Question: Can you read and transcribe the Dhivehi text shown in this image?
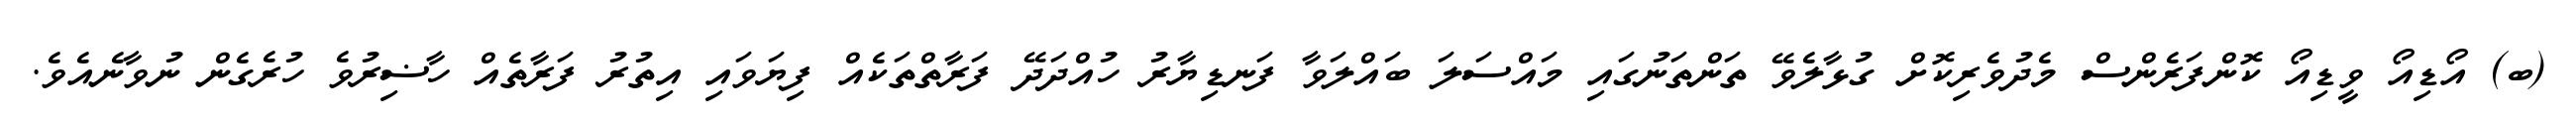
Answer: (ބ) އޯޑިއޯ ވީޑިއޯ ކޮންފަރެންސް މެދުވެރިކޮށް ގުޅާލެވޭ ތަންތަނުގައި މައްސަލަ ބައްލަވާ ފަނޑިޔާރު ހުއްދަދޭ ފަރާތްތަކެއް ފިޔަވައި އިތުރު ފަރާތެއް ހާޟިރުވެ ހުރެގެން ނުވާނެއެވެ.